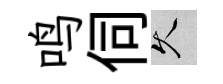
鸣伺久